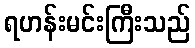
ရဟန်းမင်းကြီးသည်